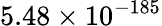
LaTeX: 5.48\times 10^{-185}